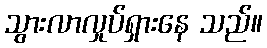
သွားလာလှုပ်ရှားနေ သည်။